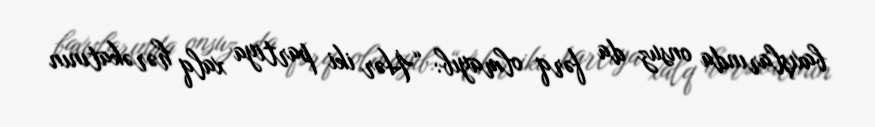
baxışlarında onsuz da fərq olmayıb: “Hər iki partiya xalq hərəkatının